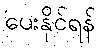
ပေးနိုင်ရန်